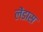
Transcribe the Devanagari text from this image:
लेंडास